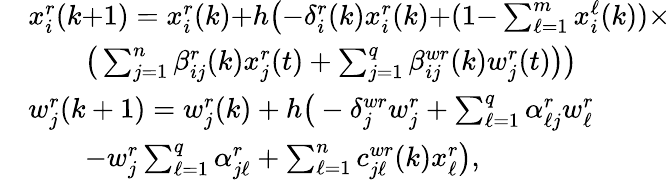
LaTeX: \begin{array}{rl}&{x_{i}^{r}(k{+}1)=x_{i}^{r}(k){+}h\big({-}\delta_{i}^{r}(k)x_{i}^{r}(k){+}(1{-}\textstyle\sum_{\ell=1}^{m}x_{i}^{\ell}(k))\times}\\ &{\qquad\big(\textstyle\sum_{j=1}^{n}\beta_{ij}^{r}(k)x_{j}^{r}(t)+\textstyle\sum_{j=1}^{q}\beta_{ij}^{wr}(k)w_{j}^{r}(t)\big)\big)}\\ &{w_{j}^{r}(k+1)=w_{j}^{r}(k)+h\big(-\delta_{j}^{wr}w_{j}^{r}+\textstyle\sum_{\ell=1}^{q}\alpha_{\ell j}^{r}w_{\ell}^{r}}\\ &{\qquad-w_{j}^{r}\textstyle\sum_{\ell=1}^{q}\alpha_{j\ell}^{r}+\textstyle\sum_{\ell=1}^{n}c_{j\ell}^{wr}(k)x_{\ell}^{r}\big),}\end{array}